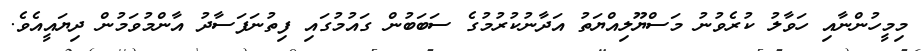
މިމީހުންނާއި ހަވާލު ކުރެވުނު މަސްޔޫލިއްޔަތު އަދާނުކުރުމުގެ ސަބަބުން ގައުމުގައި ފިތުނަފަސާދު އާންމުވަމުން ދިޔައީއެވެ.